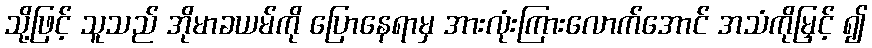
သို့ဖြင့် သူသည် အိုမာခယမ်ကို ပြောနေရာမှ အားလုံးကြားလောက်အောင် အသံကိုမြှင့် ၍